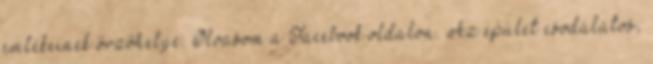
emlékeinek őrzőhelye. Olvasom a Facebook oldalon. Az épület csodálatos,